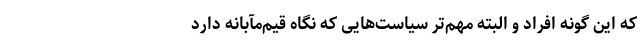
که این گونه افراد و البته مهم‌تر سیاست‌هایی که نگاه قیم‌مآبانه دارد